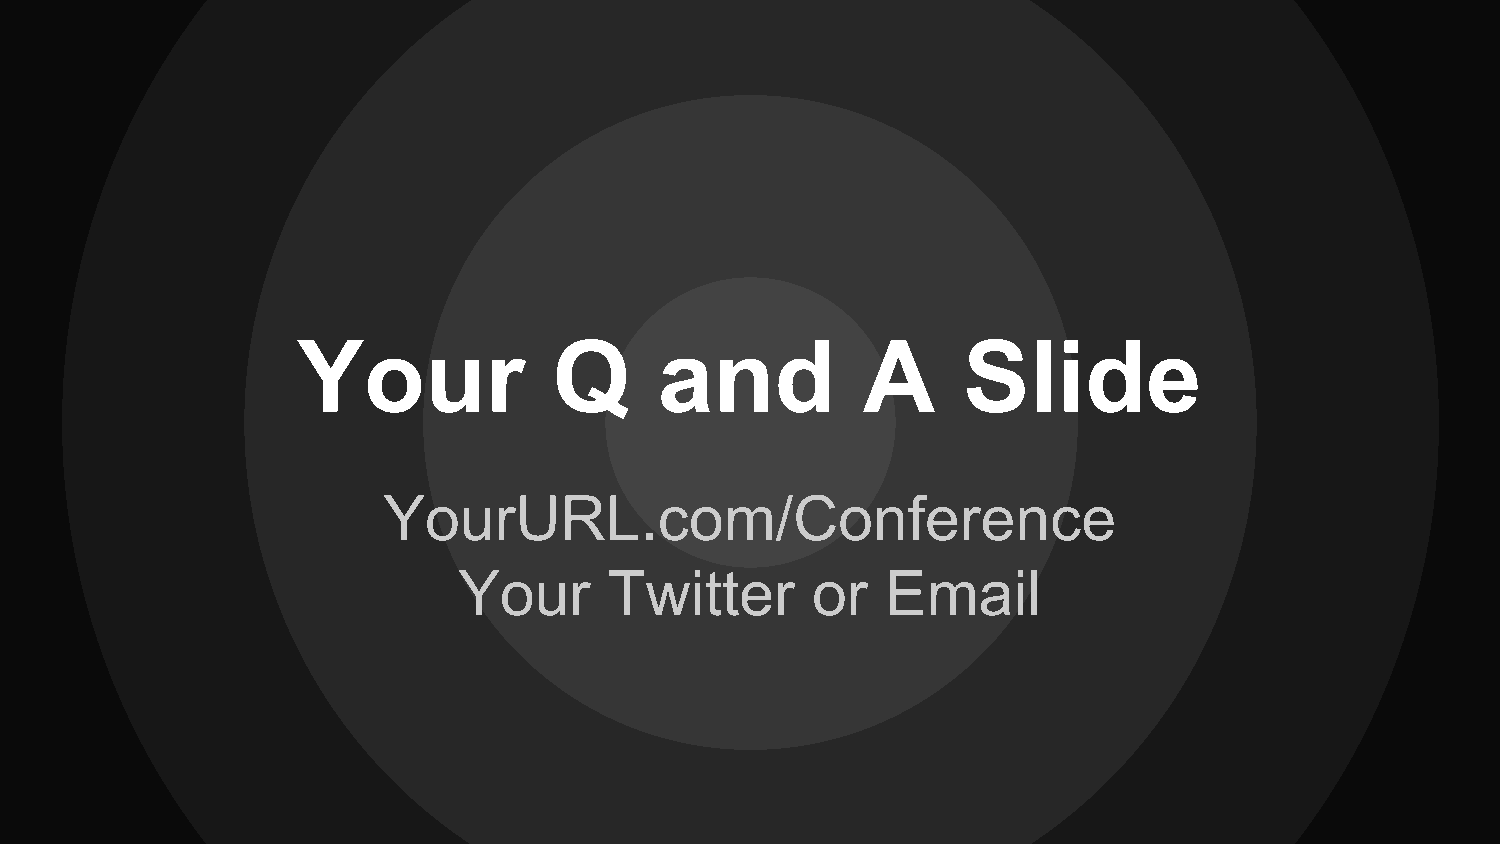
Your             Q      and          A      Slide
 YourURL.com/Conference
 Your      Twitter       or   Email